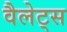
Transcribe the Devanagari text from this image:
वैलेट्स